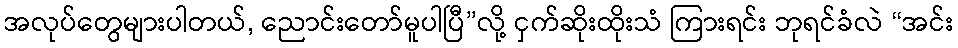
အလုပ်တွေများပါတယ်, ညောင်းတော်မူပါပြီ”လို့ ငှက်ဆိုးထိုးသံ ကြားရင်း ဘုရင်ခံလဲ “အင်း